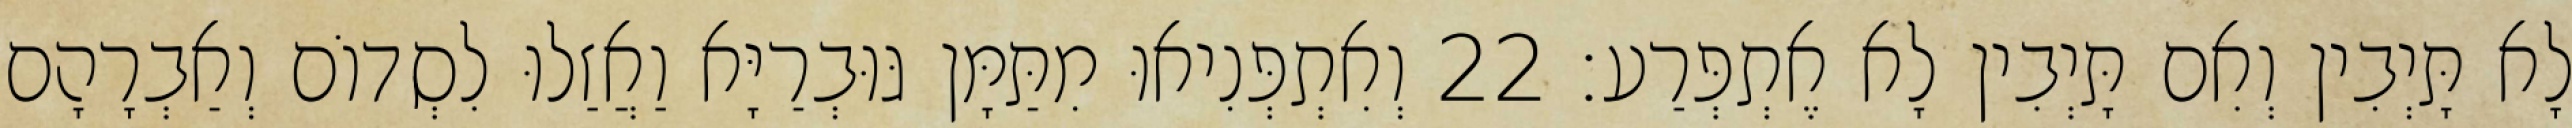
לָא תָּיְבִין וְאִם תָּיְבִין לָא אֶתְפְּרַע׃ 22 וְאִתְפְּנִיאוּ מִתַּמָּן גּוּבְרַיָּא וַאֲזַלוּ לִסְדוֹם וְאַבְרָהָם